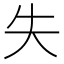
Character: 失